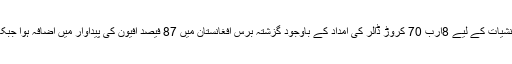
سیگار نے اپنی رپورٹ میں یہ بھی بتایا ہے کہ انسداد منشیات کے لیے 8ارب 70 کروڑ ڈالر کی امداد کے باوجود گزشتہ برس افغانستان میں 87 فیصد افیون کی پیداوار میں اضافہ ہوا جبکہ افیون کی کاشت کے لیے زمین کا حصہ 63 فیصد تھا۔